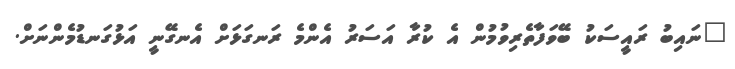
"ނައިބު ރައީސަކު ބޭވަފާތެރިވުމުން އެ ކުރާ އަސަރު އެންމެ ރަނގަޅަށް އެނގޭނީ އަޅުގަނޑުމެންނަށް.